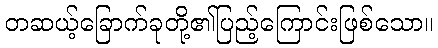
တဆယ့်ခြောက်ခုတို့၏ပြည့်ကြောင်းဖြစ်သော။